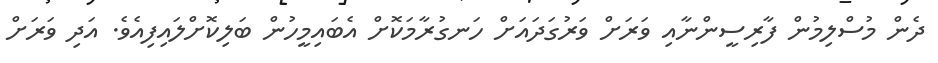
ދެން މުސްލިމުން ފާރިސީންނާއި ވަރަށް ވަރުގަދައަށް ހަނގުރާމަކޮށް އެބައިމީހުން ބަލިކޮށްލައިފިއެވެ. އަދި ވަރަށް